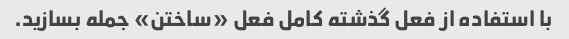
با استفاده از فعل گذشته کامل فعل «ساختن» جمله بسازید.